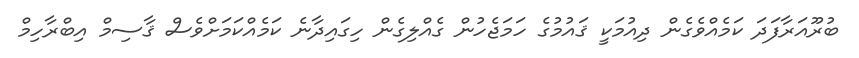
ބުރޫއަރާފަދަ ކަމެއްވެގެން ދިއުމަކީ ޤައުމުގެ ހަމަޖެހުން ގެއްލިގެން ހިގައިދާނެ ކަމެއްކަމަށްވެސް ޤާސިމް އިބްރާހިމް